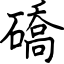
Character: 礄